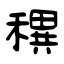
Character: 穓